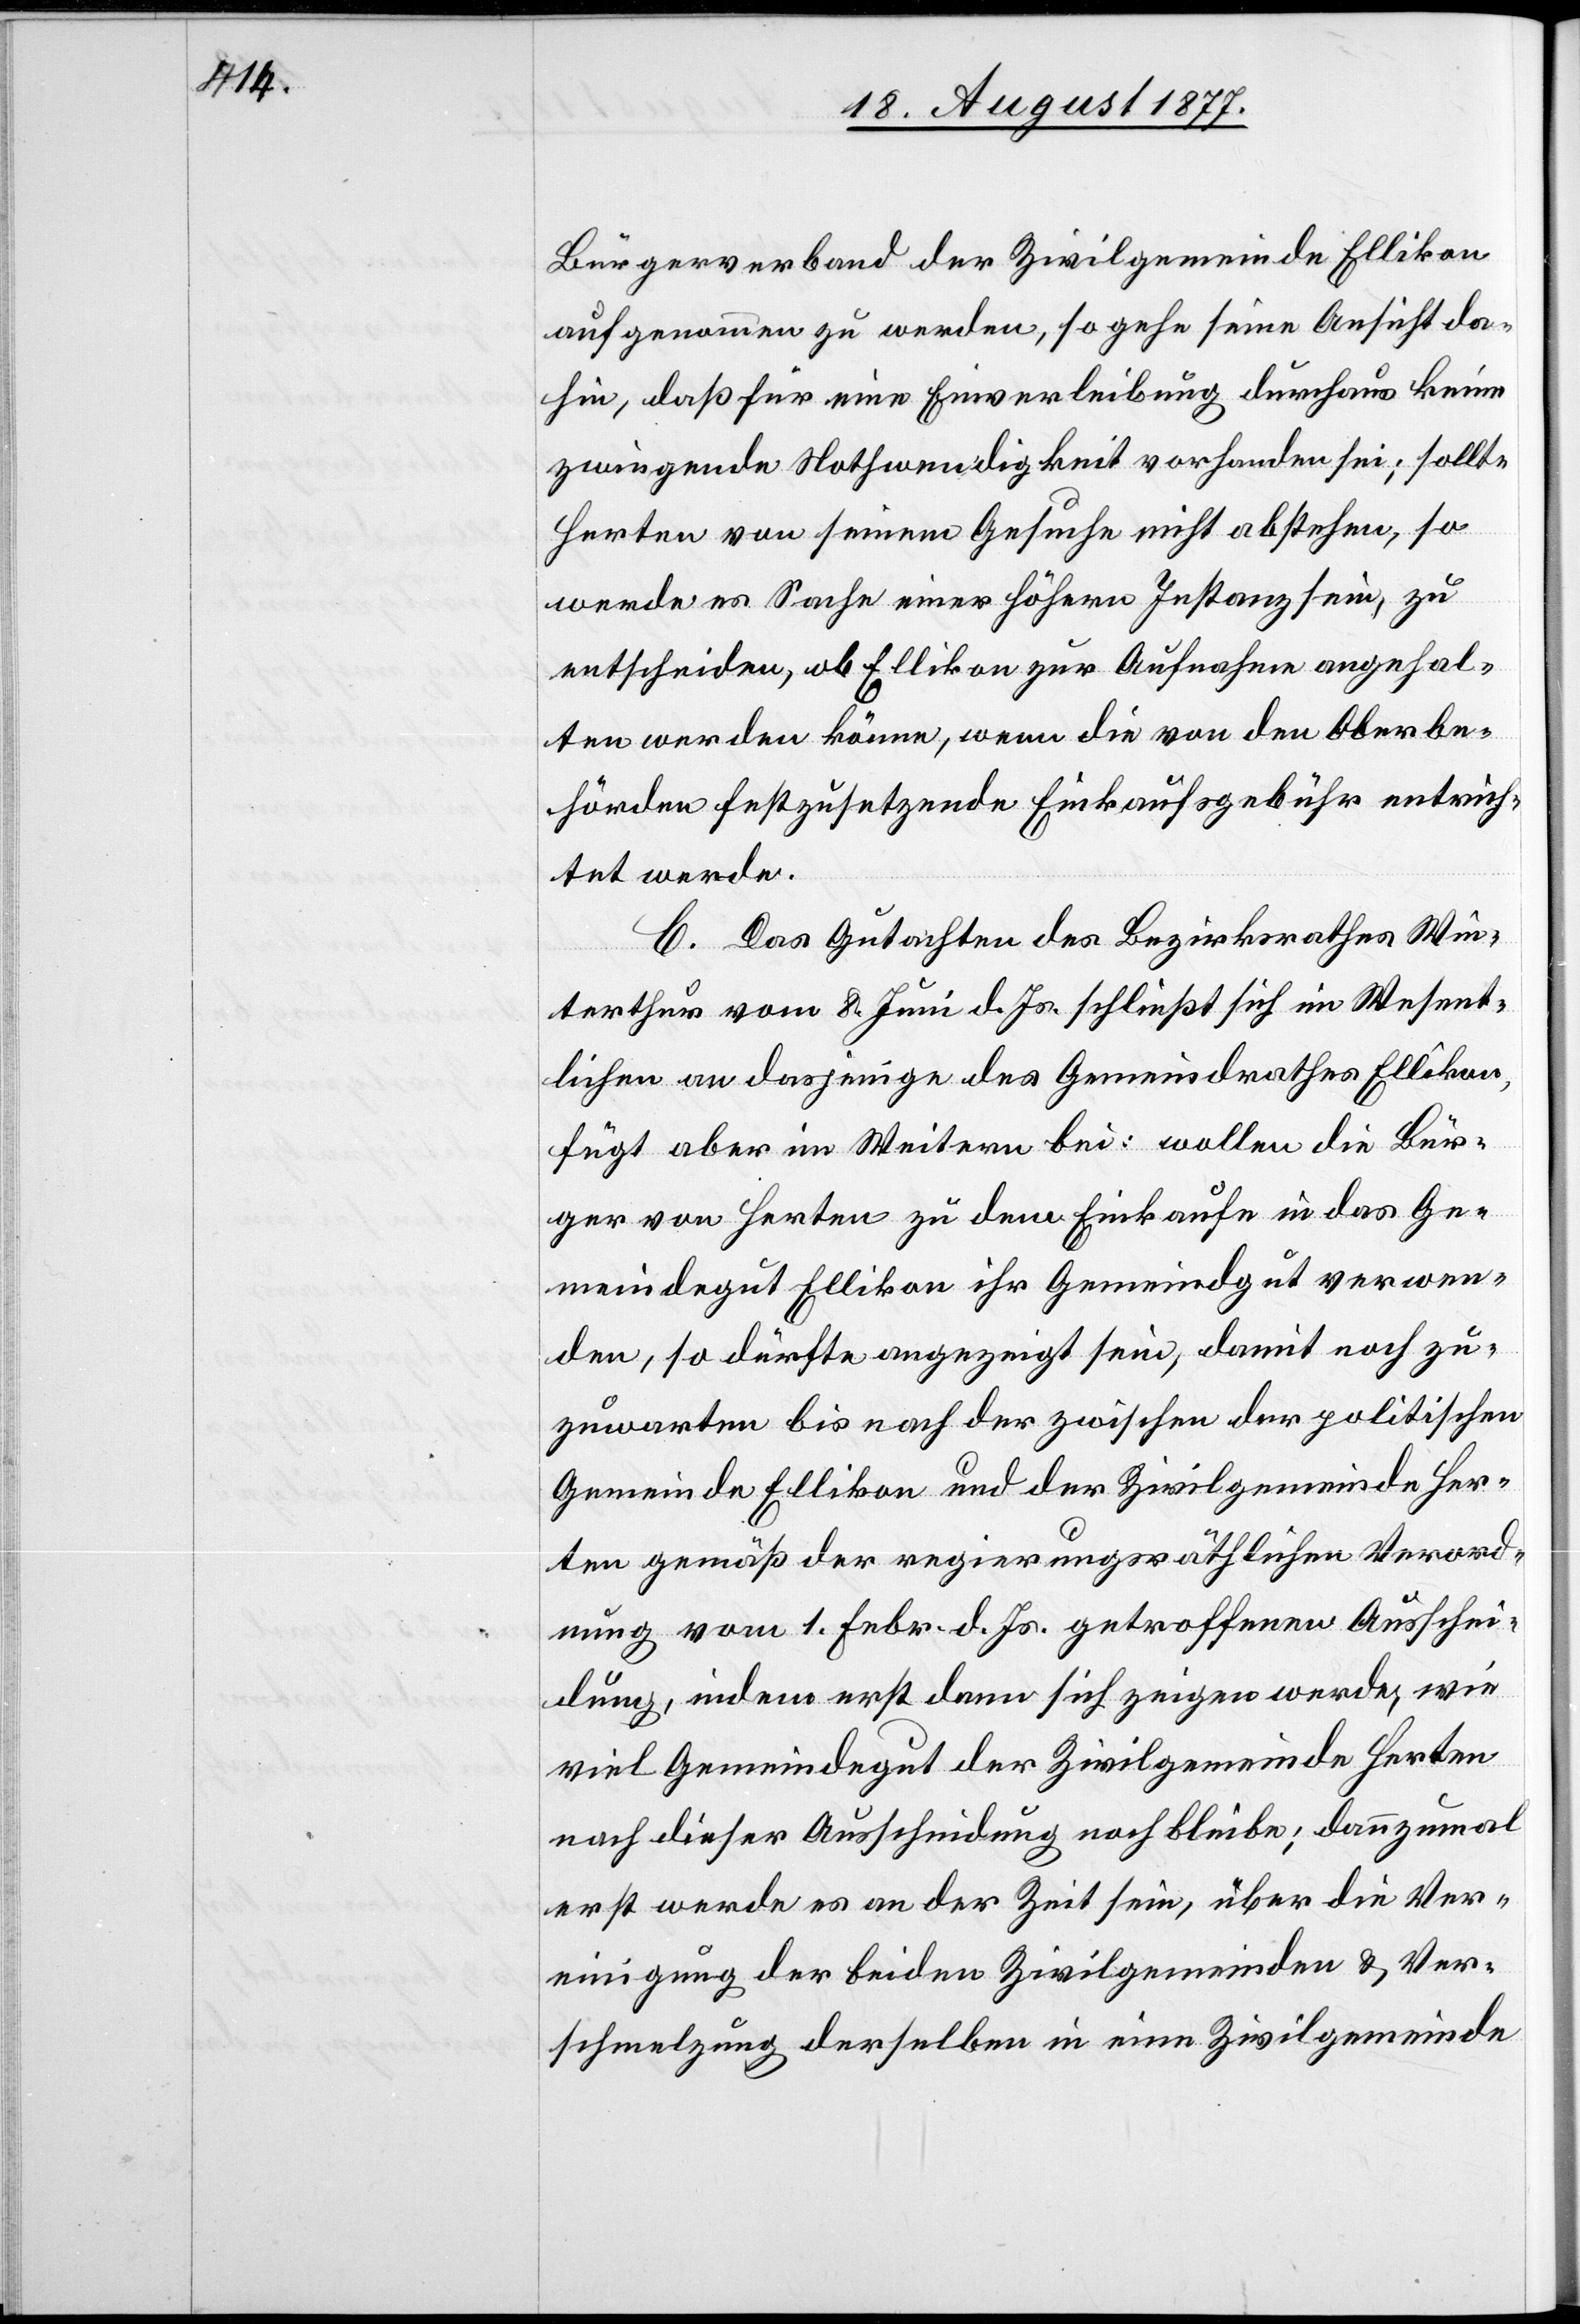
Bürgerverband der Zivilgemeinde Ellikon
aufgenommen zu werden, so gehe seine Ansicht da¬
hin, daß für eine Einverleibung durchaus keine
zwingende Nothwendigkeit vorhanden sei; sollte
Herten von seinem Gesuche nicht abstehen, so
werde es Sache einer höhern Instanz sein, zu
entscheiden, ob Ellikon zur Aufnahme angehal¬
ten werden könne, wenn die von den Oberbe¬
hörden festzusetzende Einkaufsgebühr entrich¬
tet werde.
C. Das Gutachten des Bezirksrathes Win¬
terthur vom 8. Juni d. Js. schließt sich im Wesent¬
lichen an dasjenige des Gemeindrathes Ellikon,
fügt aber im Weitern bei: wollen die Bür¬
ger von Herten zu dem Einkaufe in das Ge¬
meindegut Ellikon ihr Gemeindgut verwen¬
den, so dürfte angezeigt sein, damit noch zu¬
zuwarten bis nach der zwischen der politischen
Gemeinde Ellikon und der Zivilgemeinde Her¬
ten gemäß der regierungsräthlichen Verord¬
nung vom 1. Febr. d. Js. getroffenen Ausschei¬
dung, indem erst dann sich zeigen werde, wie
viel Gemeindegut der Zivilgemeinde Herten
nach dieser Ausscheidung noch bleibe; dannzumal
erst werde es an der Zeit sein, über die Ver¬
einigung der beiden Zivilgemeinden & Ver¬
schmelzung derselben in eine Zivilgemeinde